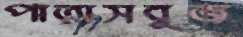
পাতাসবুজ